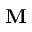
\mathbf { M }